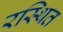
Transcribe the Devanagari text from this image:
रस्थित